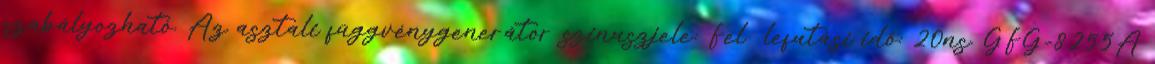
szabályozható. Az asztali függvénygenerátor szinuszjele: Fel lefutási idő: 20ns. GFG-8255A